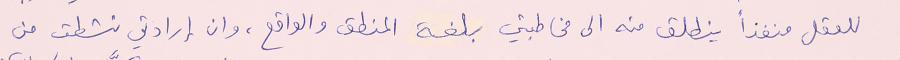
للعقل منفذاً ينطلق منه الى مخاطبتي بلغة المنطق والواقع، وان إرادتي نشطت من